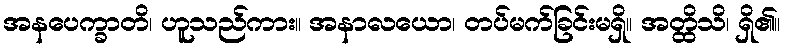
အနပေက္ခာတိ၊ ဟူသည်ကား။ အနာလယော၊ တပ်မက်ခြင်းမရှိ။ အတ္ထိသိ၊ ရှိ၏။